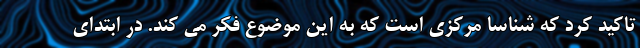
تاکید کرد که شناسا مرکزی است که به این موضوع فکر می کند. در ابتدای